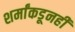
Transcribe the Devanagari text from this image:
शर्मांकडूनही